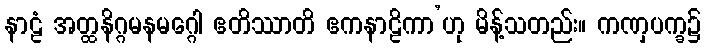
နာဠံ အတ္ထနိဂ္ဂမနမဂ္ဂေါ ဧတိဿာတိ ဧကနာဠိကာ’ဟု မိန့်သတည်း။ ကဏှပက္ခ၌